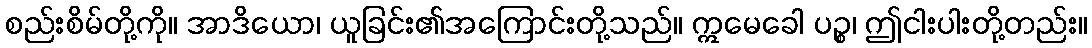
စည်းစိမ်တို့ကို။ အာဒိယော၊ ယူခြင်း၏အကြောင်းတို့သည်။ ဣမေခေါ ပဉ္စ၊ ဤငါးပါးတို့တည်း။